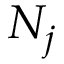
N _ { j }